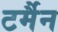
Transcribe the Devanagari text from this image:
टर्मैन